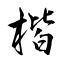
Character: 楷